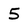
Character: 5